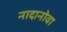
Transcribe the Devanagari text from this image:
नादानोवा